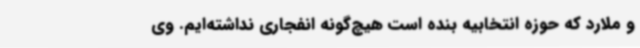
و ملارد که حوزه انتخابیه بنده است هیچ‌گونه انفجاری نداشته‌ایم. وی